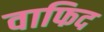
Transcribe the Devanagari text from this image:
वाफिद